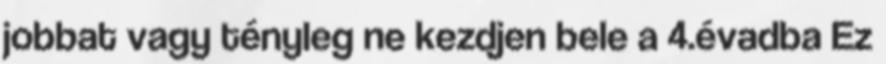
jobbat vagy tényleg ne kezdjen bele a 4.évadba Ez